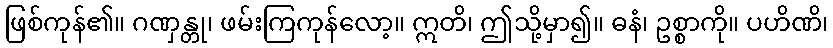
ဖြစ်ကုန်၏။ ဂဏှန္တု၊ ဖမ်းကြကုန်လော့။ ဣတိ၊ ဤသို့မှာ၍။ ဓနံ၊ ဥစ္စာကို။ ပဟိဏိ၊